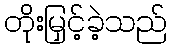
တိုးမြှင့်ခဲ့သည်